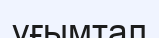
ұғымтал